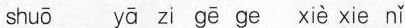
shuō yā zi gē ge xiè xie nǐ